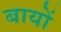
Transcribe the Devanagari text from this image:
बायों